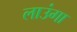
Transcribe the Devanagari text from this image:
लाउंगा